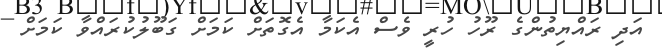
އަދި ރައްޔިތުންގެ ރޫހު ހުރީ ވެސް އެކަމާ އެގޮތަށް ކަމަށް ގަބޫލުކުރައްވާ ކަމަށް